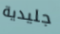
جليدية